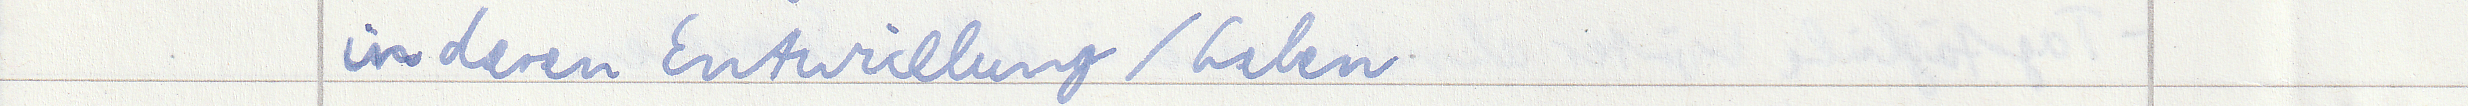
in deren Entwicklung / Leben